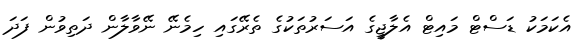
އެކަމަކު ޑަސްޓް މައިޓް އެލާޖީގެ އަސަރުތަކުގެ ތެރޭގައި ހިމެނޭ ނޭވާލާން ދަތިވުން ފަދަ